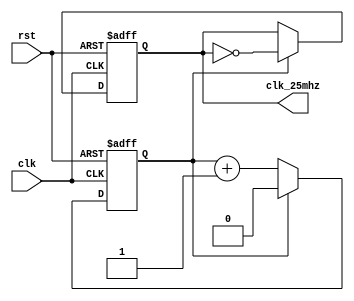
`timescale 1ns / 1ps
/***************************************************************************
* 
* Version:	1.0
*
* Notes: 	This clock divider divides the main 100 Mhz clock of the Nexys 4 
*				DDR into a 25 Mhz signal for the benefit of the pixel clock 
*				for VGA implementation.
*
***************************************************************************/
module clk_div(clk, rst, clk_25mhz);
	input 	  clk, rst; 	// Master clock 100 Mhz
	output reg clk_25mhz;	   // Pixel clock 25 Mhz
	
	reg q;
	
	parameter max = 2;
	
	// Change edge every (max) clocks
	always@(posedge clk, posedge rst) begin
		if(rst) begin
			clk_25mhz <= 0;
			q <= 0;
		end	
		else if(q == max - 1) begin
			q <= 0;
			clk_25mhz <= ~clk_25mhz;
		end
		else begin
			q <= q + 1;	 
		end
	end	

endmodule